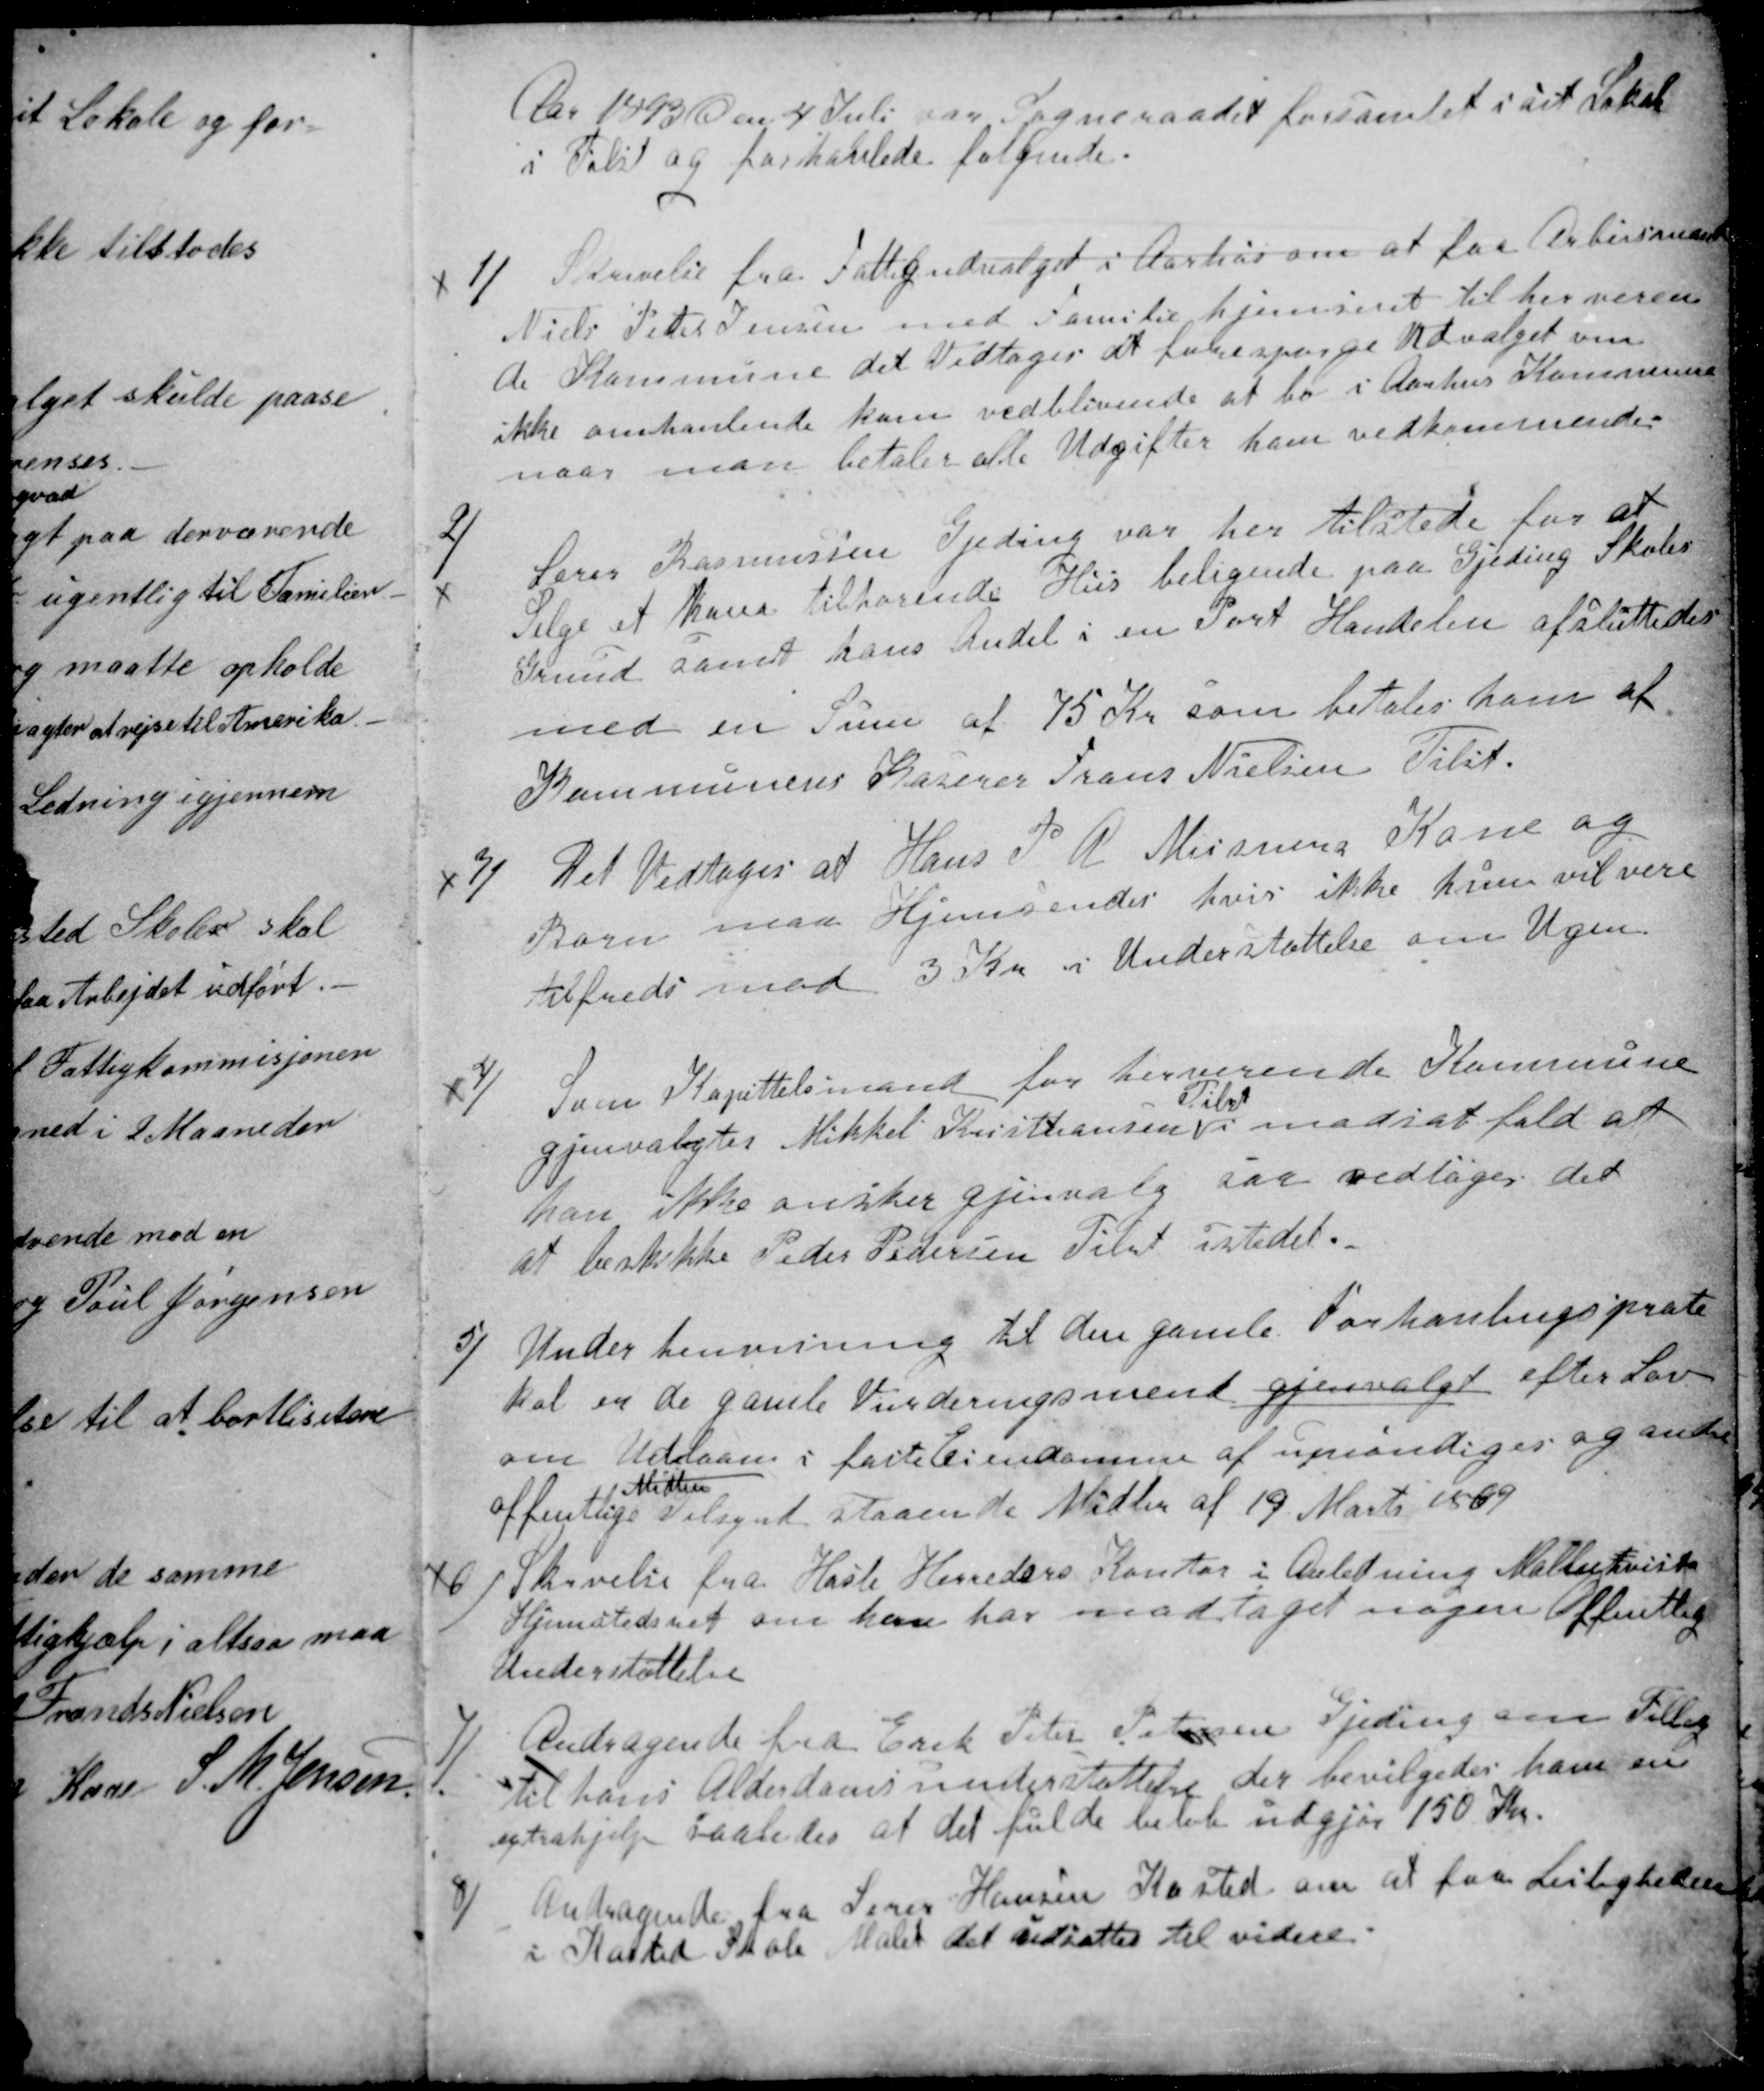
Transskription:
Aar 1893 den 4 Juli var Sogneraadet forsamlet i sit Lokale
i Tilst og forhandlede følgende.
1)
Skrivelse fra Fattigudvalget i Aarhus om at faa Arbeismand
Niels Peter Jensen med Familie hjemsent til herveren
de Kommune det Vedtoges at forespørge Udvalget om
ikke omhanlende kan vedblivende at bo i Aarhus Kommune
naar man betaler alle Udgifter ham vedkommende.
2)
Lærer Rasmussen Gjeding var her tilstede for at
Selge et ham tilhørende Hus beligende paa Gjeding Skoles
Grund samt hans Andel i en Port Handelen afsluttedes
med en Sum af 75 Kr som betales ham af
Kommunens Kaserer Frans Nielsen Tilst.
3)
Det Vedtoges at Hans P. A. Meisners Kone og
Børn maa Hjemsendes hvis ikke hun vil vere
tilfreds med 3 Kr. i Understøttelse om Ugen.
4)
Som Kapittelsmand for herverende Kommune
gjenvalgtes Mikkel Kristiansen
Tilst
i modsat fald at
han ikke ønsker gjenvalg saa vedtoges det
at beskikke Peder Pedersen Tilst istedet.
5)
Under henvisning til den gamle Forhanlingsprote
kol er de gamle Vurderingsmend gjenvalgt efter Lov
om Udlaan i faste Eiendomme af umyndiges og andre
offentlige
Midler
Tilsynd staaende Midler af 19. Marts 1869
6)
Skrivelse fra Hasle Herreders Kontor i Anledning Malmkvists
Hjemstedsret om han har modtaget nogen Offentlig
Understøttelse
7)
Andragende fra Erik Peter Petersen Gjeding om Tillæg
til hans Alderdomsunderstøttelse der bevilgedes ham en
extrahjælp saaledes at det fulde beløb udgjør 150 Kr.
8)
Andragende fra Lærer Hansen Kasted om at faa Leiligheden
i Kasted Skole Malet det udsattes til videre.